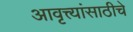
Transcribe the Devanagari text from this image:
आवृत्त्यांसाठीचे